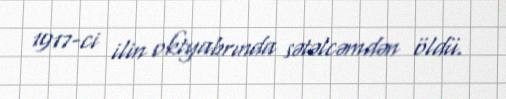
1917-ci ilin oktyabrında sətəlcəmdən öldü.